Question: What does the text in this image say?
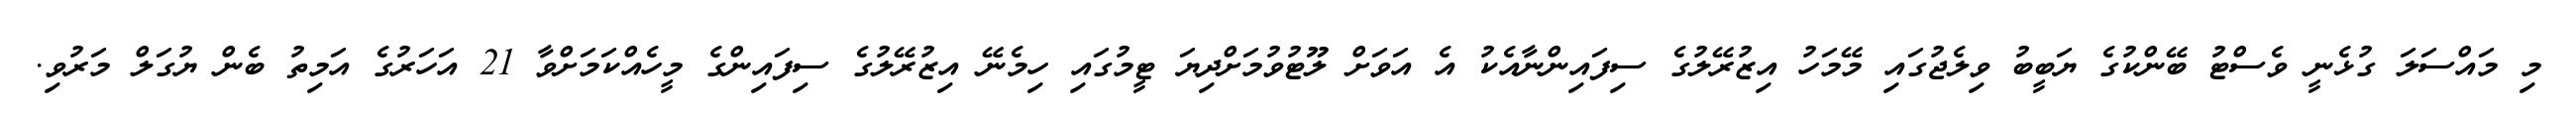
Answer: މި މައްސަލަ ގުޅެނީ ވެސްޓު ބޭންކުގެ ޔަބީބު ވިލެޖުގައި މޭމަހު އިޒުރޭލުގެ ސިފައިންނާއެކު އެ އަވަށް ލޫޓުވުމަށްދިޔަ ޓީމުގައި ހިމެނޭ އިޒުރޭލުގެ ސިފައިންގެ މީހެއްކަމަށްވާ 21 އަހަރުގެ އަމިތު ބެން ޔުގަލް މަރުވި.